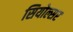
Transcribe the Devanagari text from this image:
सियोल्सर